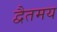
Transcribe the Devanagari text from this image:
द्वैतमय